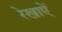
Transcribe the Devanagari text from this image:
रेखाऐं